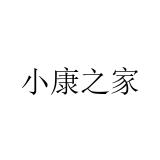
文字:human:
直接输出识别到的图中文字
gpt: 小康之家